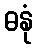
ဓနုံ